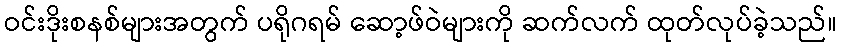
ဝင်းဒိုးစနစ်များအတွက် ပရိုဂရမ် ဆော့ဖ်ဝဲများကို ဆက်လက် ထုတ်လုပ်ခဲ့သည်။